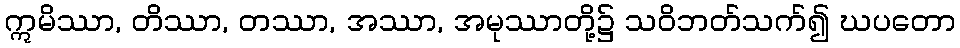
ဣမိဿာ, တိဿာ, တဿာ, အဿာ, အမုဿာတို့၌ သဝိဘတ်သက်၍ ဃပတော